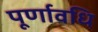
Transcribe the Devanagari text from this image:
पूर्णावधि